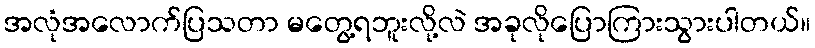
အလုံအလောက်ပြသတာ မတွေ့ရဘူးလို့လဲ အခုလိုပြောကြားသွားပါတယ်။